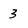
Character: 3